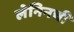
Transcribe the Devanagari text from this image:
लेनिनची